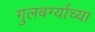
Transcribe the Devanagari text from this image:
गुलबर्ग्याच्या